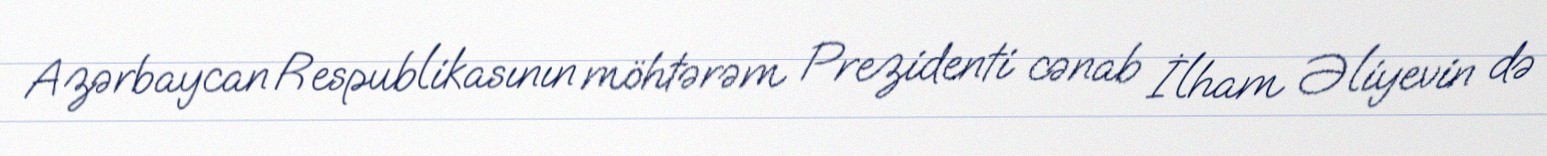
Azərbaycan Respublikasının möhtərəm Prezidenti cənab İlham Əliyevin də